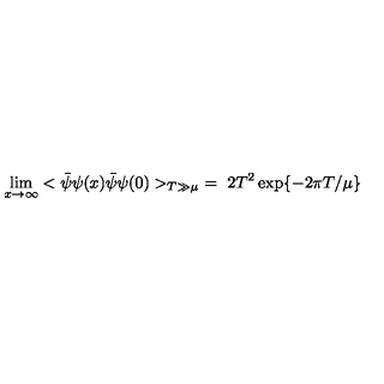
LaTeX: \lim _ { x \rightarrow \infty } < \bar { \psi } \psi ( x ) \bar { \psi } \psi ( 0 ) > _ { T \gg \mu } \ = \ 2 T ^ { 2 } \exp \{ - 2 \pi T / \mu \}